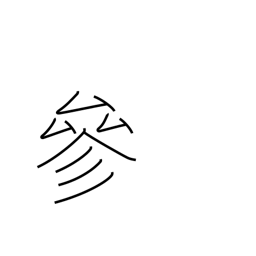
Meaning: coming